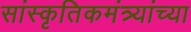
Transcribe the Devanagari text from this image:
सांस्कृतिकमंत्र्यांच्या